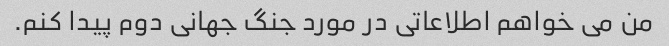
من می خواهم اطلاعاتی در مورد جنگ جهانی دوم پیدا کنم.